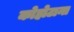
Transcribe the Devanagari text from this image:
कोहोटाना